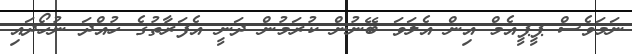
ނަމަވެސް ޕީޕީއެމް އިން އެލަވަ ބޭނުން ކުރަމުން ދަނީ އެފަރާތުގެ ހުއްދަ ނުހޯދައި